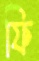
ফি